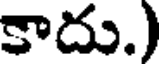
కాదు.)